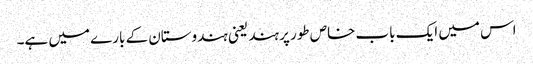
اس میں ایک باب خاص طور پر ہند یعنی ہندوستان کے بارے میں ہے۔